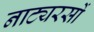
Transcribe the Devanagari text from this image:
नाट्यरसों